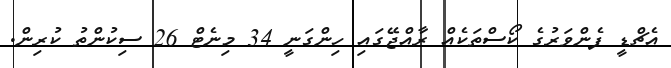
އެޗްޑީ ފެންވަރުގެ ކޯސްތަކެއް ރާއްޖޭގައި ހިންގަނީ 34 މިނެޓް 26 ސިކުންތު ކުރިން.